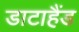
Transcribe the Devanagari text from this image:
डाटाहैंड